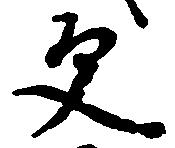
父